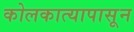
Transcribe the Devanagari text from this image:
कोलकात्यापासून